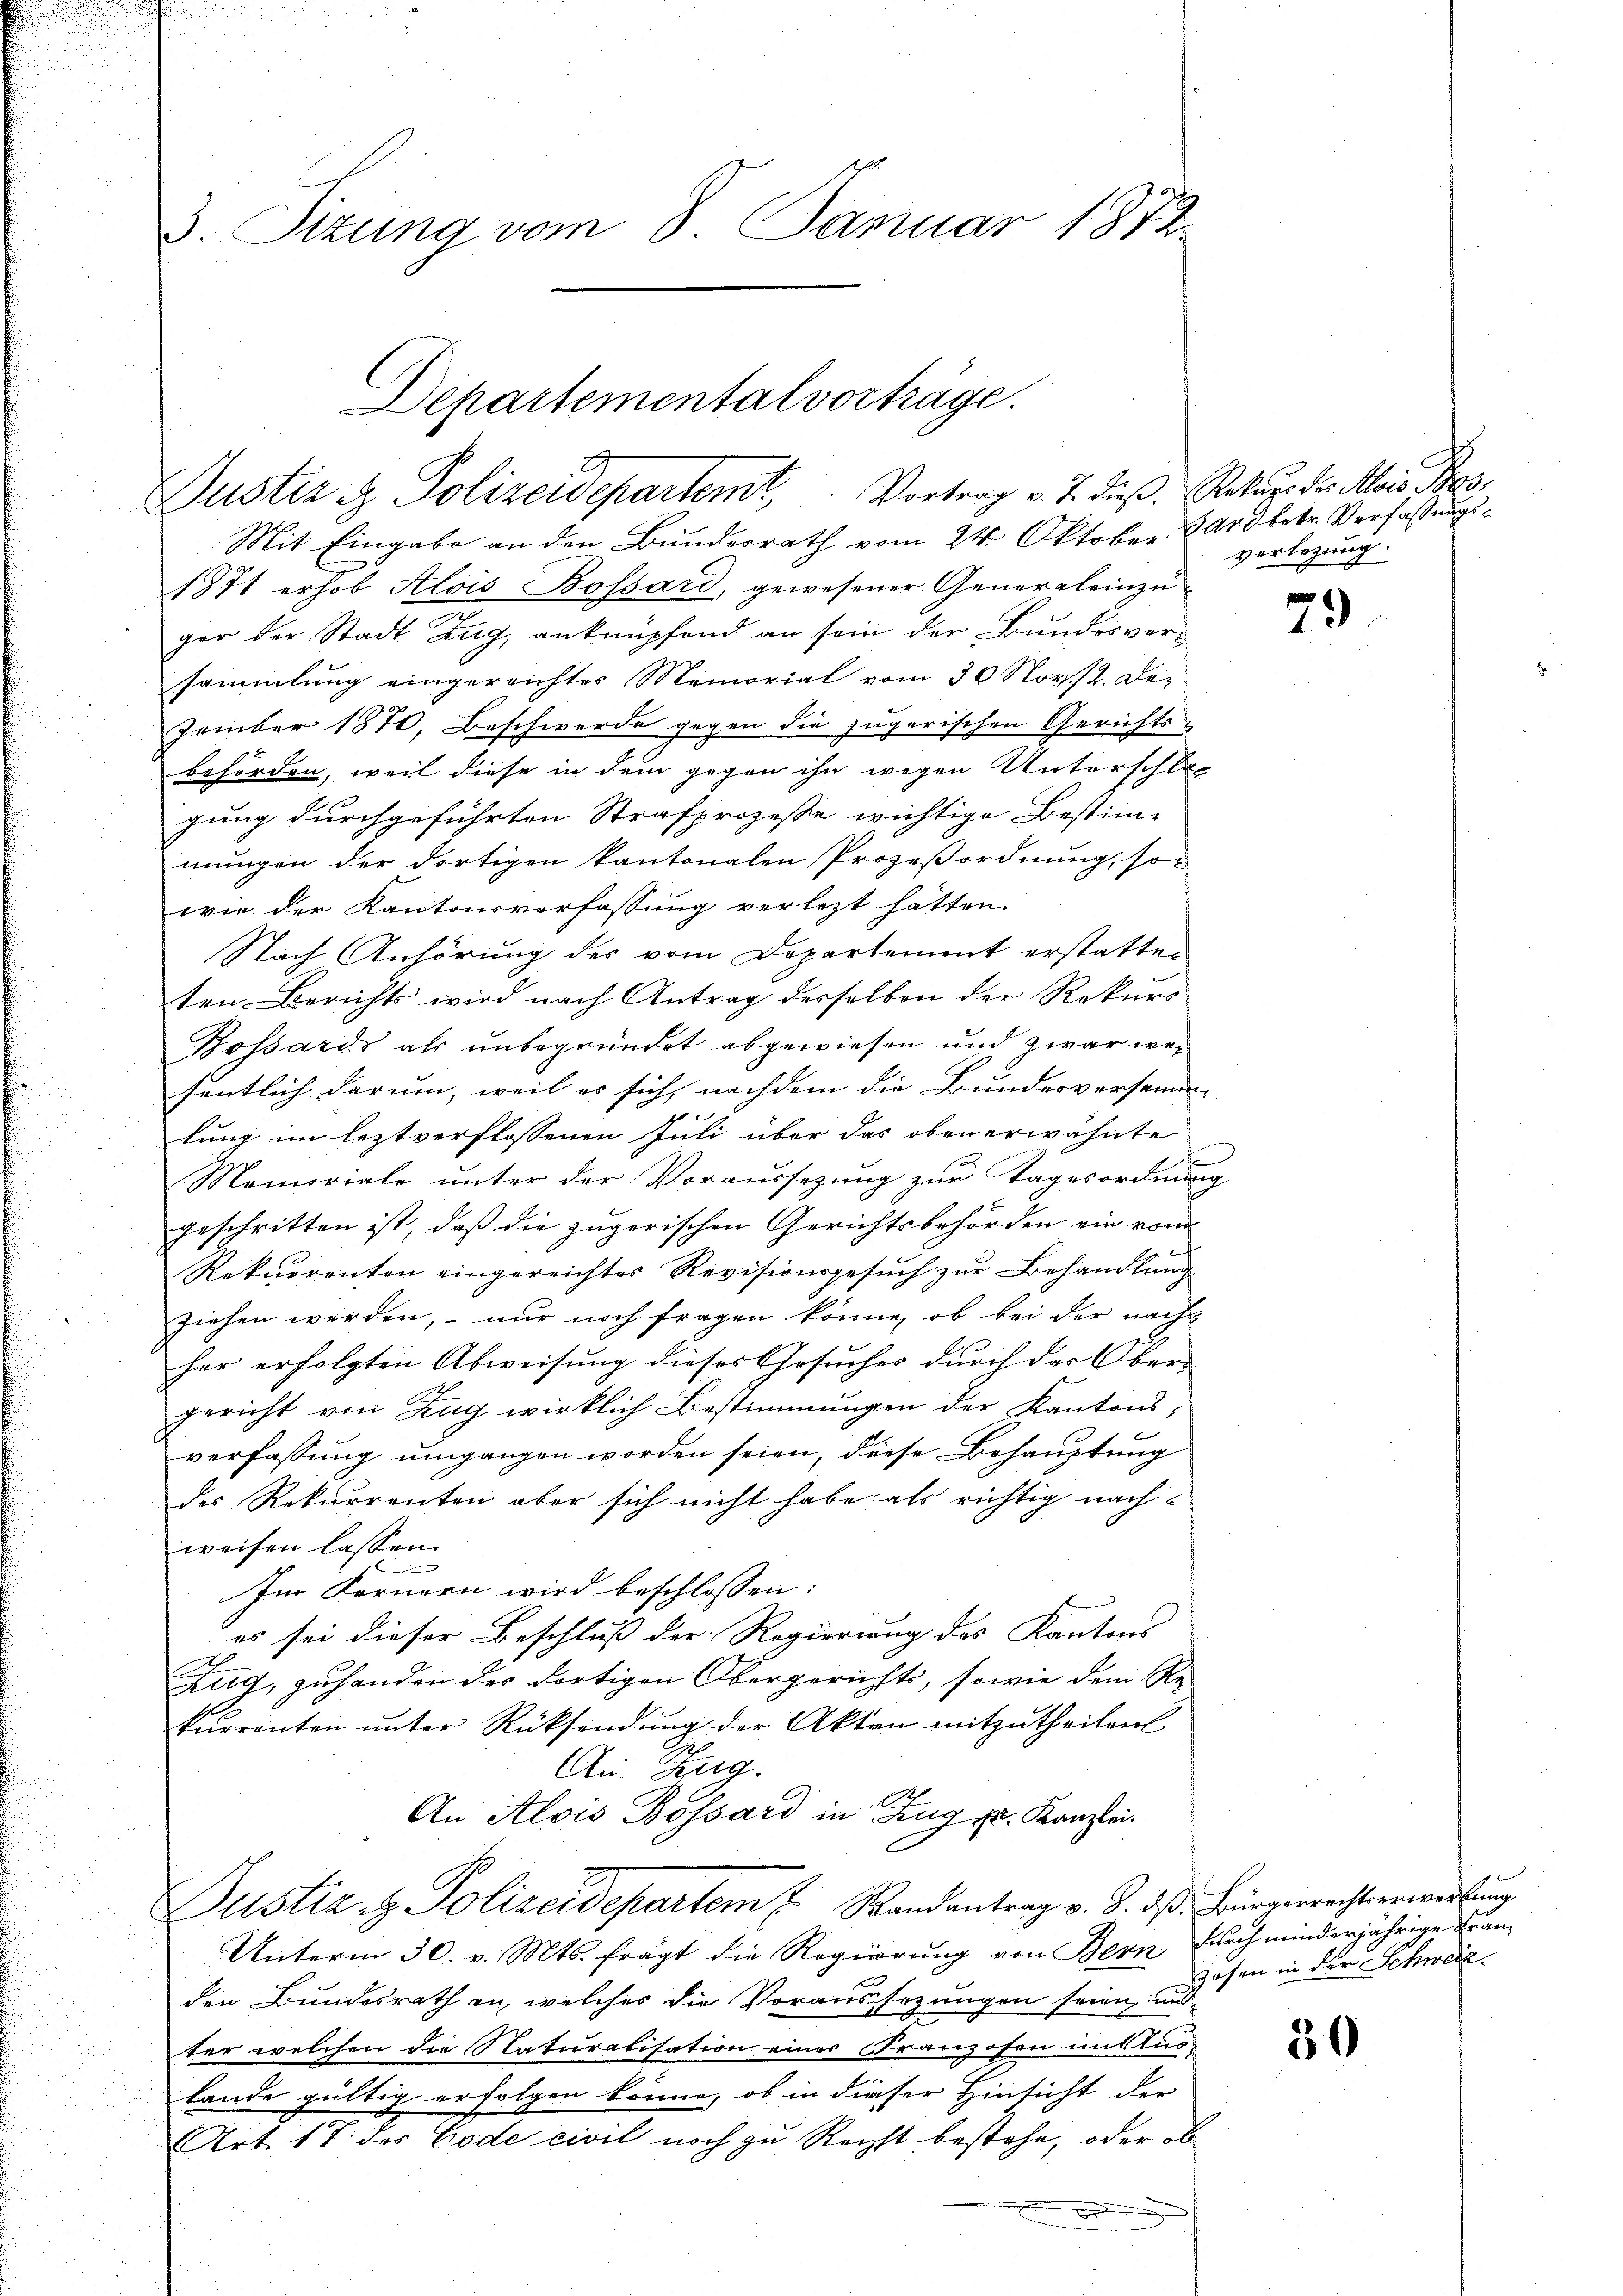
3. Sizung vom 8. Januar 1812

Departemental vorträge.
Justiz & Polizeidepartemt, Vortrag v. J. dieß. Rekurs der Alois Pas

Mit Eingabe an den Bundesrath vom 24. Oktober 8000 betr. Verfassungs¬
1871 erhob Alois Bossard, gewesener Generaleinzuger der Stadt Zug, anknüpfend an sein der Bundesvorsammlung eingereichtes Memorial vom 30 Nov. 12. De-
zember 1870, Beschwerde gegen die jugerischen Gerichts-
behörden, weil diese in dem gegen ihn wegen Unterschlos
gung durchgeführten Strafprozesse wichtige Bestim-
mungen der dortigen kantonalen Prozeßordnung, so
wie der Kantonsverfassung verlezt hätten.
Nach Anhörung des vom Departement erstatten
ten Berichts wird nach Antrag desselben der Rekurs
Bossards als unbegründet abgewiesen und zwar weisentlich darum, weil er sich nachdem die Bundesversamm-
lung im leztverflossenen Juli über das oben erwähnte
x
Memoriale unter der Voraussezung zur Tagesordnung
geschritten ist, daß die zugerischen Gerichtsbehörden ein vom
Rekurrenten eingereichtes Revisionsgesuch zur Behandlung
ziehen werden, nur noch fragen könne, ob bei der nach
har erfolgten Abweisung dieses Gesuches durch das Ober-
gericht von Zug wirklich Bestimmungen der Kantonsverfassung umgangen worden seien, diese Behauptung
des Rekurrenten aber sich nicht habe als richtig nach-
weisen lassen.
Im Fernern wird beschlossen:
es sei dieser Beschluß der Regierung des Kantons |
Zug, zuhanden des dortigen Obergericht, sowie dem Re-
kurrenten unter Rücksendung der Akten mitzutheilen
An. Zug.
An Alois Bossard in Zug pr. Kanzlei
Justiz & Polizeidepartem u. Randantrag v. J. dß. Bürgerrechtserwerbung
Unterm 30. v. Mts. frägt die Regierung von Bern, durch minderjährige Fran¬

den Bundesrath an, welches die Voraussezungen seien und
ter welchen die Naturatisation einer Franzosen im Aus¬
Lande gültig erfolgen könne, ob in dieser Hinsicht der
Art. 17. des Code civil noch zu Recht bestehe, oder ob

verlegung.

79

30

1
zösen in der Schweiz.